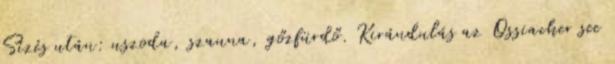
Sízés után: uszoda, szauna, gőzfürdő. Kirándulás az Ossiacher see